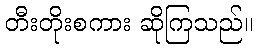
တီးတိုးစကား ဆိုကြသည်။